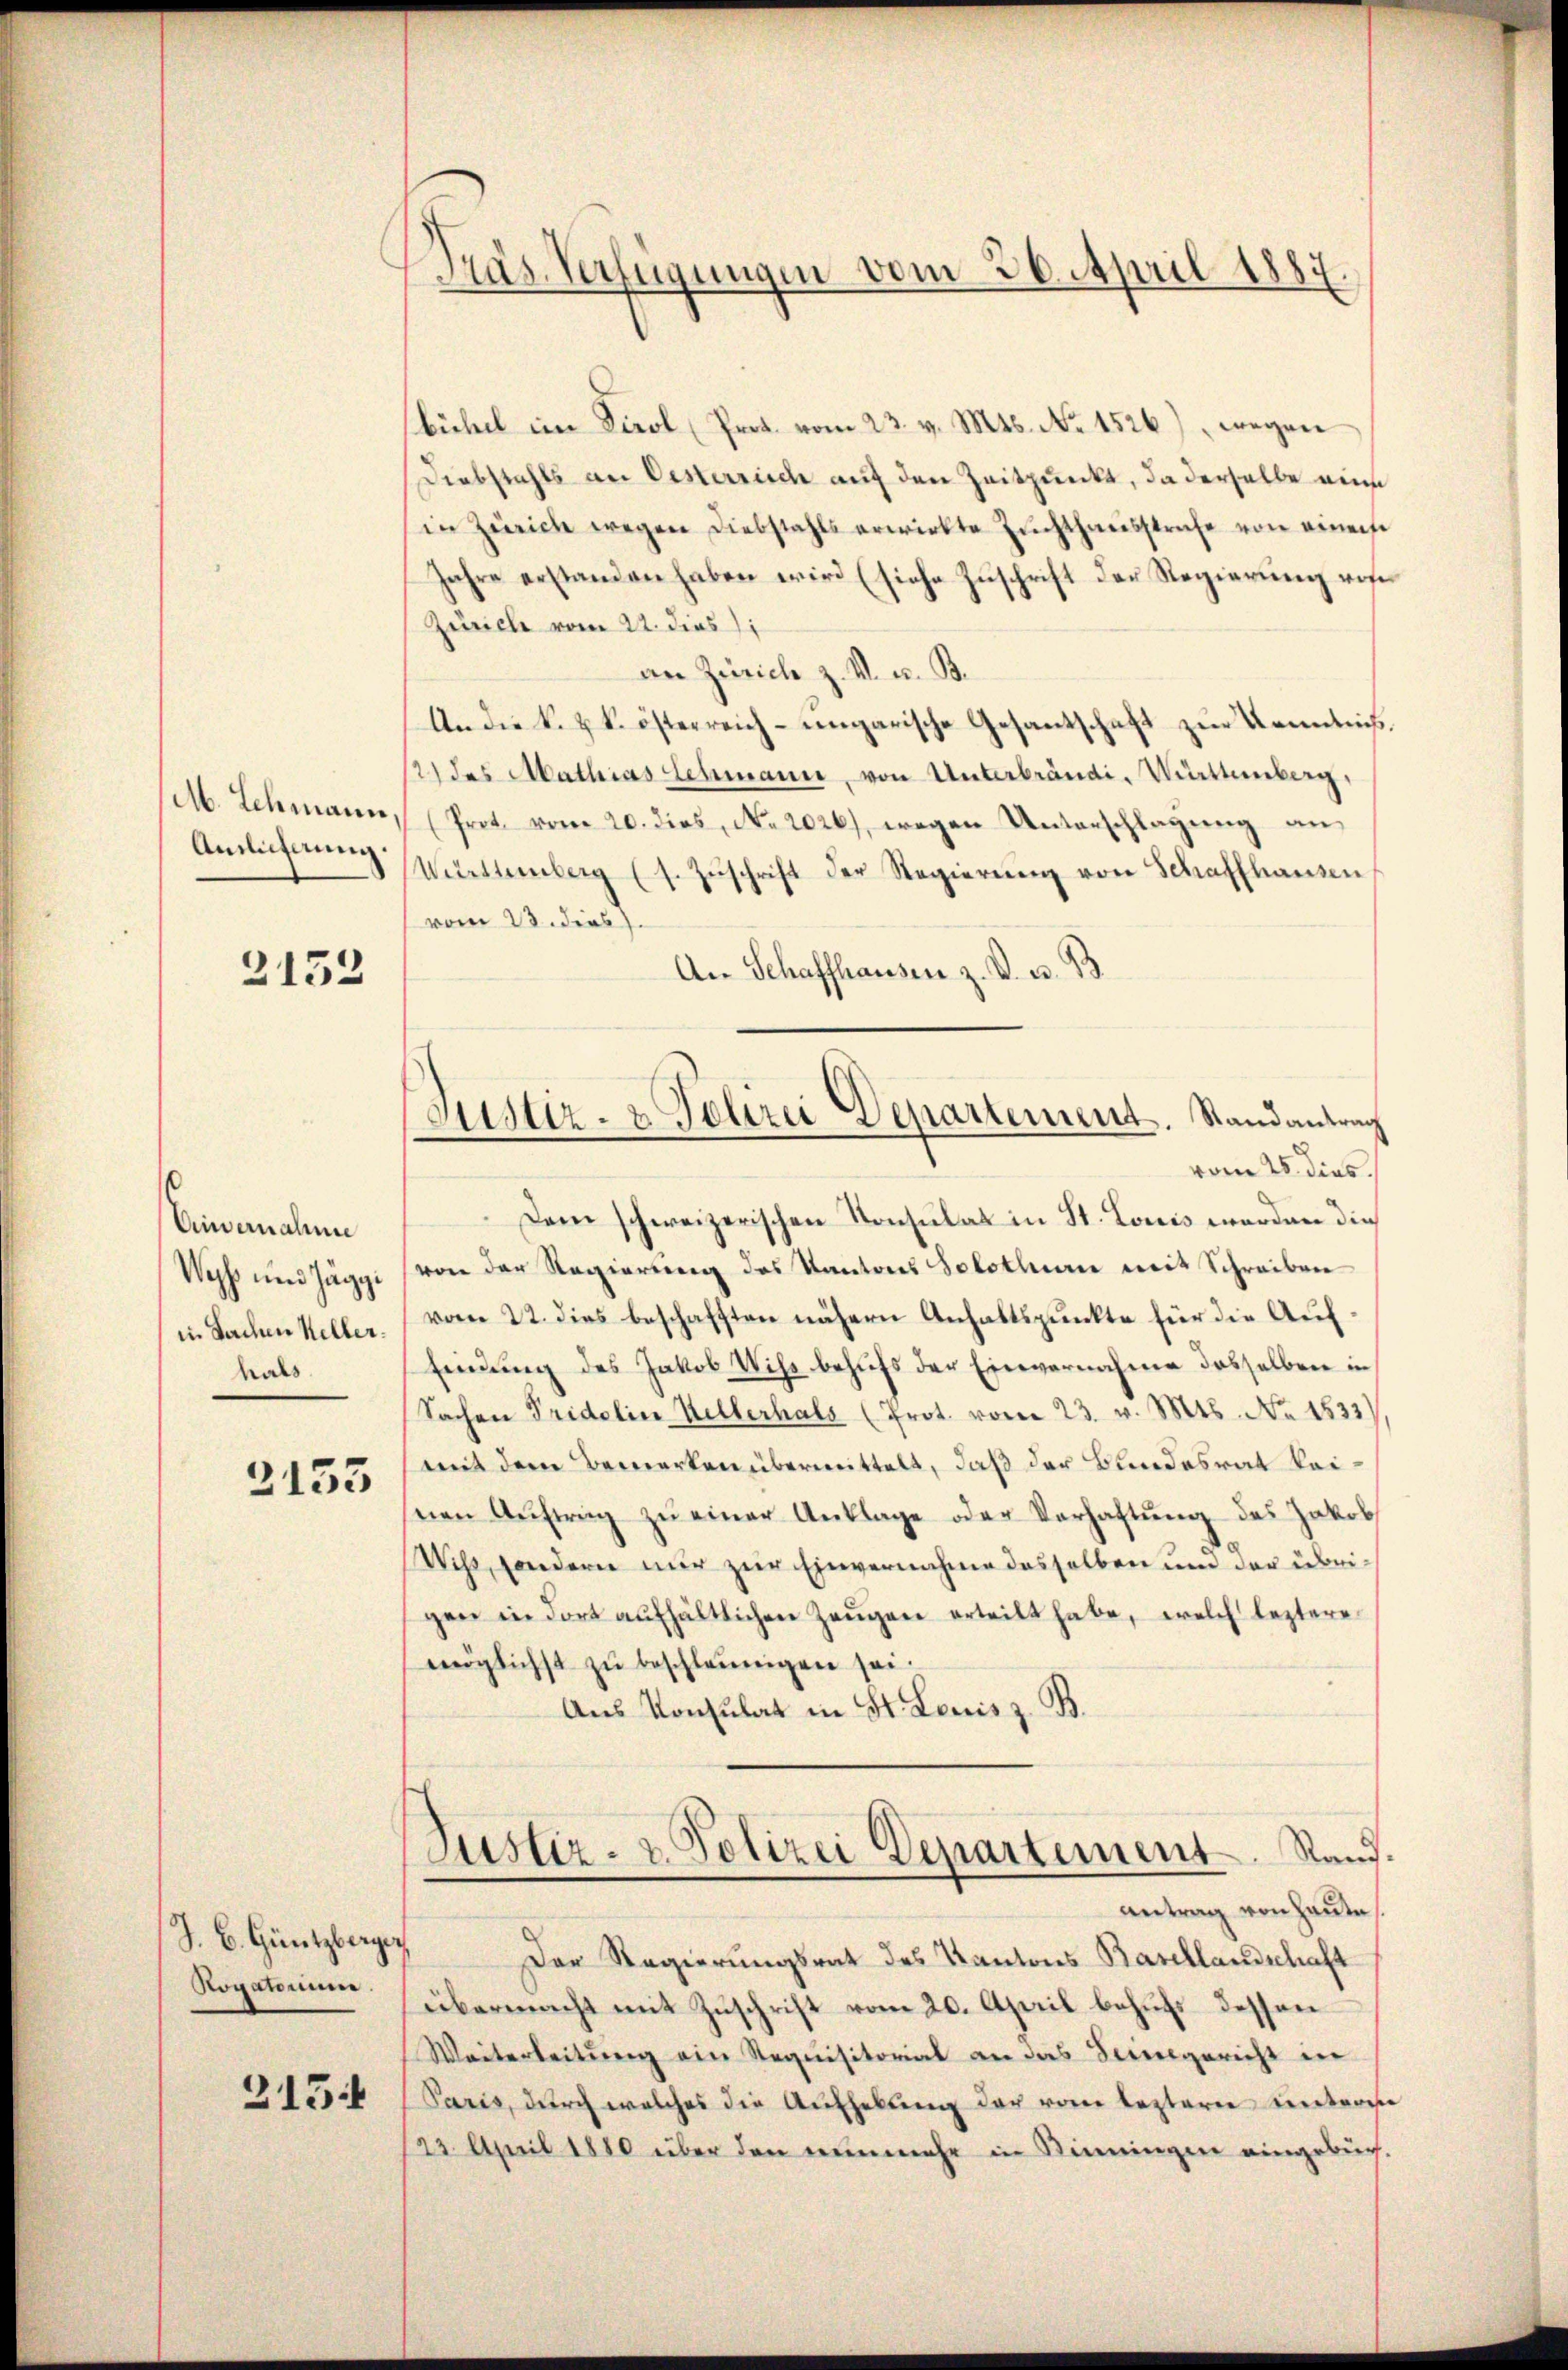
M. Schmann,
Antlicherung.

2152

Einvernahme
Wechs und Jäggi
in Sachen Keller.
hals

2153

J. C. Güntzberg.
Rogatomie.

315

Präs. Verfügungen vom 26. April 1887.

Justiz- & Polizei Departement. Randantrag

bühel im Tirol (Prot. vom 23. v. Mts. No. 4526), wegen
Diebstahls an Oesterrisch auf den Zeitpunkt, da derselbe eine
(in Zürich wegen Diebstahls erwirkte Zuchthausstrafe von einerse
Jahre erstanden haben wird (siche Zuschrift der Regierung von
Zürich vom 22. dies
an Zürich z. V. u. B.
An die k. k. österreich-ungarische Gesantschaft zur Kenntniß,
121 des Mathias Lehmann, von Unterbrändi- Württemberg,
Prot. vom 20. dies, No. 2026), wegen Unterschlagung an
Witrttemberg (s. Zŭschrift der Regierŭng von Schaffhausen
vom 23. dies
An Schaffhausen z. B. u. 93.
vom 25. dies
Dem schweizerischen Konsulat in St. Louis werden die
von der Regierung des Kantons Solothurn mit Schreiben
vom 22. dies beschafften nähern Anhaltspunkte für die Auf¬
Eindung des Jakob Wiss behufs der Einvernahme desselben in
Sachen Tridelin Kellerhals (Prot. vom 23. v. Mts. No 1533)
mit dem Bemerken übermittelt, daß der Bundesrat keinen Aŭftrag zŭ einer Anklage oder Verhaltŭng des Jakob
Wihs, sondern nur zur Einvernahme desselben und der übrigen in dort aufhältlichen Zeŭgen erteilt habe, welch leztere
möglichst zu beschleunigen sei.
Aus Konsulat in St. Louis z. B.
Justiz- & Polizei Departement. Rand.
antrag von Haute
Der Regierungsrat des Kantons Basellandschaft
übermacht mit Zŭschrift vom 20. April behŭfs dessen
Weiterleitŭng ein Requisitorial an das Seinegericht in
Paris, durch welches die Aufhebung der vom leztern untern
22 April 1880 über den nunmehr in Kinningen eingebuch.